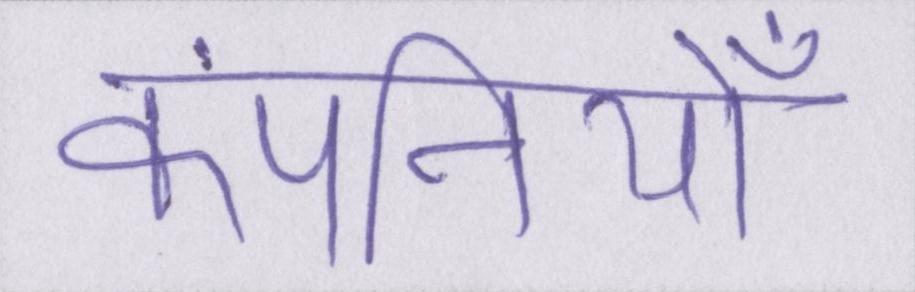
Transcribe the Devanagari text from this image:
कंपनियोँ